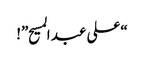
“علی عبد المسیح”!